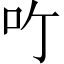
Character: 𠮶